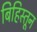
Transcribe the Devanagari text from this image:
बिहिस्तून